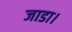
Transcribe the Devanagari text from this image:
जाडा।